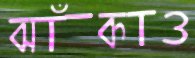
ঝাঁকাও